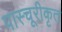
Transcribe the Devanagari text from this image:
पास्चूरीकृत